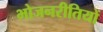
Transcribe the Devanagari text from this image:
भोजनरीतियों